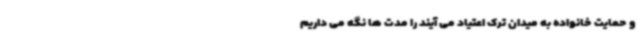
و حمایت خانواده به میدان ترک اعتیاد می آیند را مدت ها نگه می داریم